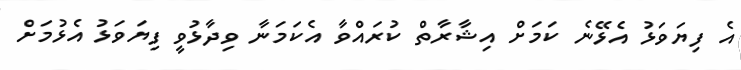
އެ ފިޔަވަޅު އެޅޭނެ ކަމަށް އިޝާރާތް ކުރައްވާ އެކަމަނާ ވިދާޅުވީ ފިޔަވަޅު އެޅުމަށް